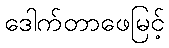
ဒေါက်တာဖေမြင့်